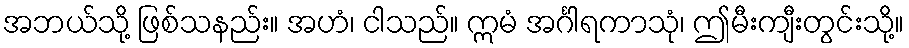
အဘယ်သို့ ဖြစ်သနည်း။ အဟံ၊ ငါသည်။ ဣမံ အင်္ဂါရကာသုံ၊ ဤမီးကျီးတွင်းသို့။